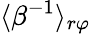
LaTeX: \langle\beta^{-1}\rangle_{r\varphi}